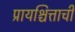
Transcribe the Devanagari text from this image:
प्रायश्चित्ताची